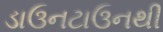
ડાઉનટાઉનથી